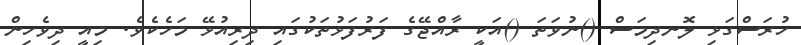
ހުރަސްގަޅި ލޮނދިމަސް ()ނުވަތަ ()އަކީ ރާއްޖޭގެ ފަރުފަޅުތަކުގައި ދިރިއުޅޭ މަހެކެވެ. މިއީ ދިވެހިން